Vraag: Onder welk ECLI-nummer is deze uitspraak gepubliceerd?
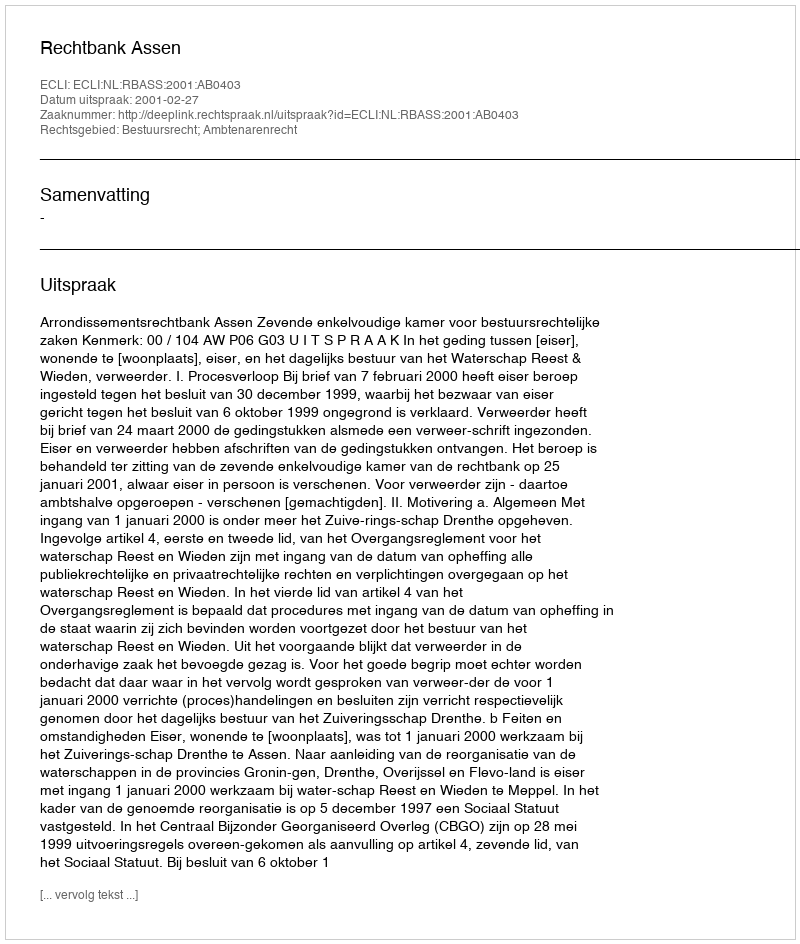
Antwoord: ECLI:NL:RBASS:2001:AB0403